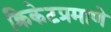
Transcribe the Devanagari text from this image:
क्रिकेटप्रमाणे